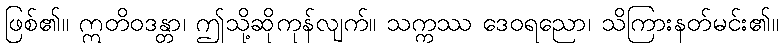
ဖြစ်၏။ ဣတိဝဒန္တာ၊ ဤသို့ဆိုကုန်လျက်။ သက္ကဿ ဒေဝရညော၊ သိကြားနတ်မင်း၏။